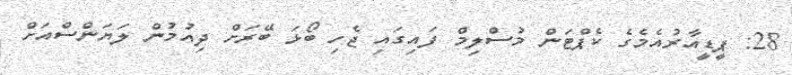
28: ޕީޑީއާރުއެމެގެ ކެޕްޓަން މުސްލިމް ފައިގައި ޖެހި ބޯޅަ ބޭރަށް ދިއުމުން ލަޔަންސްއަށް